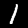
Label: 1